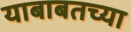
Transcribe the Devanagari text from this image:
याबाबतच्या